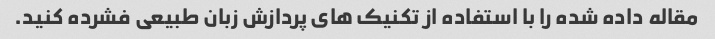
مقاله داده شده را با استفاده از تکنیک های پردازش زبان طبیعی فشرده کنید.